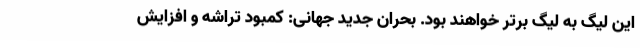
این لیگ به لیگ برتر خواهند بود. بحران جدید جهانی: کمبود تراشه و افزایش